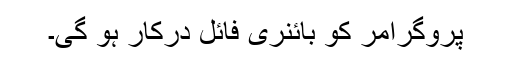
پروگرامر کو بائنری فائل درکار ہو گی۔